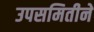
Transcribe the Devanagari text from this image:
उपसमितीने